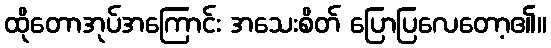
ထိုတောအုပ်အကြောင်း အသေးစိတ် ပြောပြလေတော့၏။